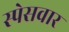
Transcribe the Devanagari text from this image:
स्पेसवार